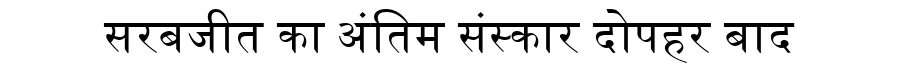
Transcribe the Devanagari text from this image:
सरबजीत का अंतिम संस्कार दोपहर बाद